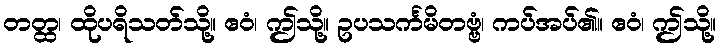
တတ္ထ၊ ထိုပရိသတ်သို့။ ဧဝံ၊ ဤသို့။ ဥပသင်္ကမိတဗ္ဗံ၊ ကပ်အပ်၏။ ဧဝံ၊ ဤသို့။